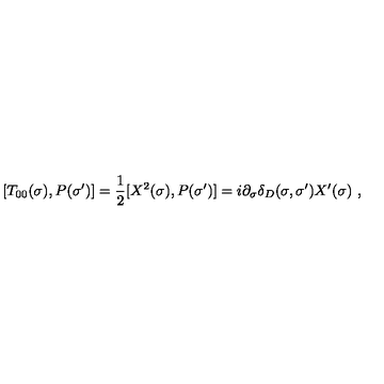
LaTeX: [ T _ { 0 0 } ( \sigma ) , P ( \sigma ^ { \prime } ) ] = \frac { 1 } { 2 } [ X ^ { 2 } ( \sigma ) , P ( \sigma ^ { \prime } ) ] = i \partial _ { \sigma } \delta _ { D } ( \sigma , \sigma ^ { \prime } ) X ^ { \prime } ( \sigma ) \ ,